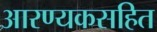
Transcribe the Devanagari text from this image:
आरण्यकसहित